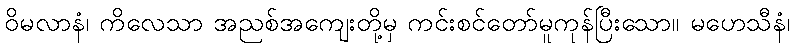
ဝိမလာနံ၊ ကိလေသာ အညစ်အကျေးတို့မှ ကင်းစင်တော်မူကုန်ပြီးသော။ မဟေသီနံ၊